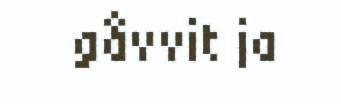
gåvvit ja